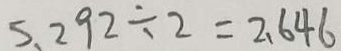
5 . 2 9 2 \div 2 = 2 . 6 4 6